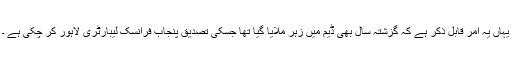
یہاں یہ امر قابل ذکر ہے کہ گزشتہ سال بھی ڈیم میں زہر ملایا گیا تھا جسکی تصدیق پنجاب فرانسک لیبارٹری لاہور کر چکی ہے ۔